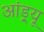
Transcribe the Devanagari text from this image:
आंड्र्यू